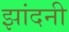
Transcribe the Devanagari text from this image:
झांदनी